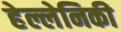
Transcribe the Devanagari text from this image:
हेल्लेनिकी